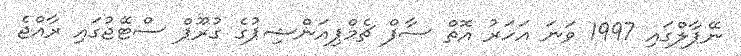
ނޭޕާލްގައި 1997 ވަނަ އަހަރު އޮތް ސާފް ޗެމްޕިއަންޝިޕުގެ ގުރޫޕް ސްޓޭޖުގައި ރާއްޖެ